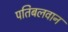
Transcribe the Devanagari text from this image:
पतिबलवान